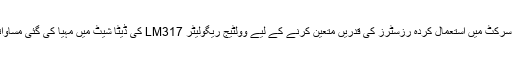
ویری ایبل پاور اسپلائی سرکٹ میں استعمال کردہ رزسٹرز کی قدریں متعین کرنے کے لیے وولٹیج ریگولیٹر LM317 کی ڈیٹا شیٹ میں مہیا کی گئی مساواتیں استعمال کی گئی ہیں۔